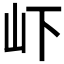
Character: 𭖄